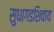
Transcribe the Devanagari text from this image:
सुधागडशिवाय